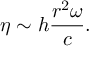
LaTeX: \eta \sim h \frac { r ^ { 2 } \omega } { c } .